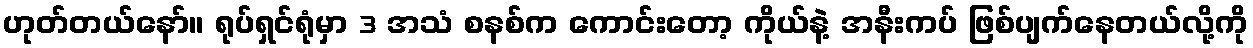
ဟုတ်တယ်နော်။ ရုပ်ရှင်ရုံမှာ 3 အသံ စနစ်က ကောင်းတော့ ကိုယ်နဲ့ အနီးကပ် ဖြစ်ပျက်နေတယ်လို့ကို